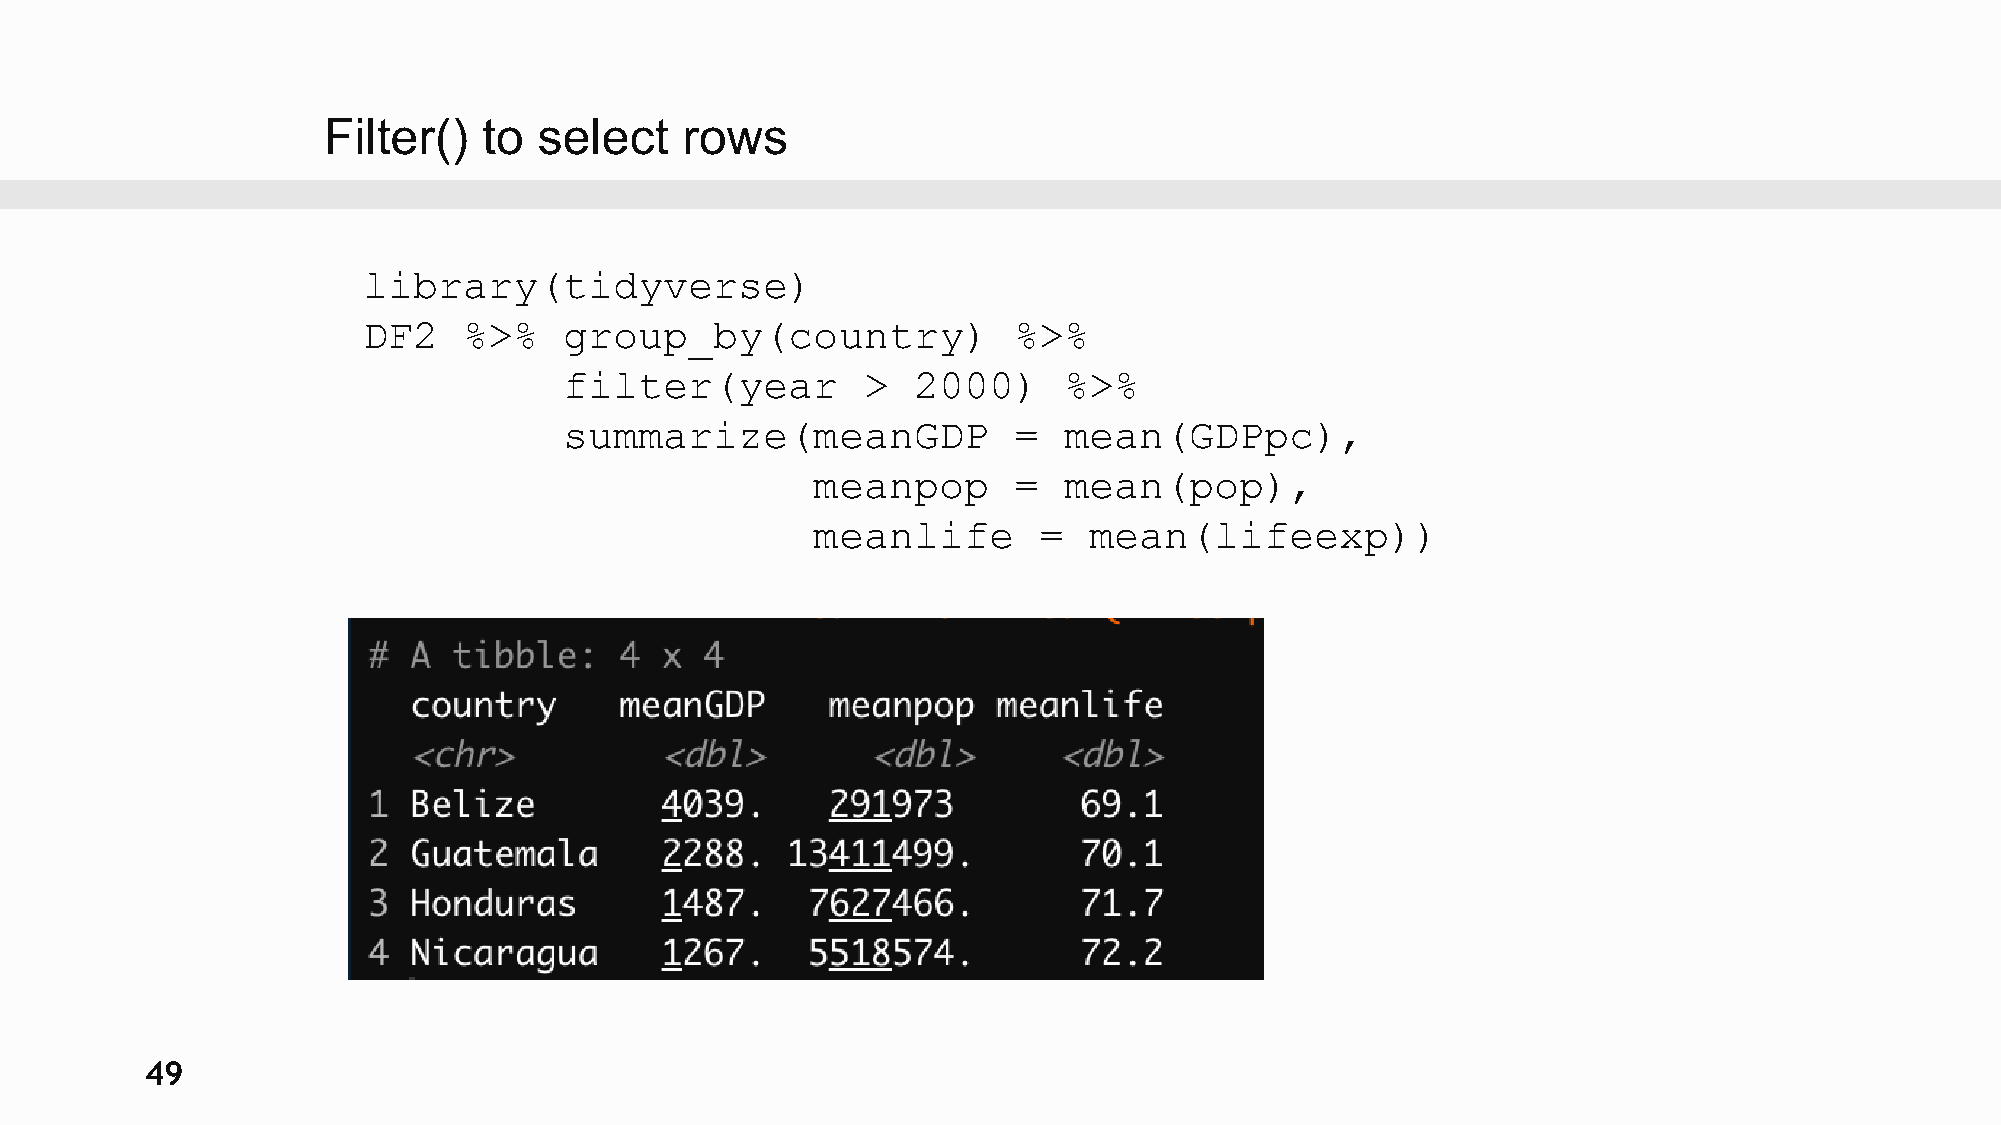
Filter()   to  select   rows
 library(tidyverse)
 DF2    %>%   group_by(country)             %>%
 filter(year         >  2000)     %>%
 summarize(meanGDP             =  mean(GDPpc),
 meanpop      =  mean(pop),
 meanlife       =  mean(lifeexp))
 49